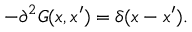
- \partial ^ { 2 } G ( x , x ^ { \prime } ) = \delta ( x - x ^ { \prime } ) .